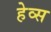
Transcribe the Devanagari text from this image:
हेव्स